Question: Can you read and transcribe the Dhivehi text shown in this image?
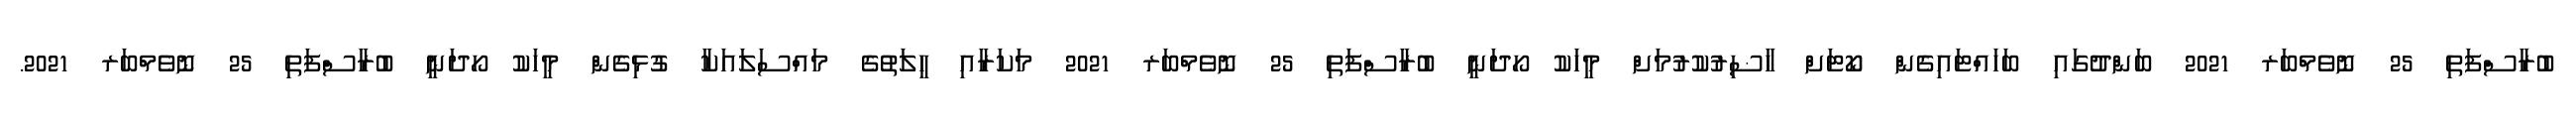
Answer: ބުރާސްފަތި 25 ނޮވެމްބަރ 2021 ބަންދުގައި ބަހައްޓައިގެން ކޯޓަށް ހާޟިރުކުރުމަށް މީހަކު ހޯދަނީ ބުރާސްފަތި 25 ނޮވެމްބަރ 2021 މަކަރާއި ހީލަތުގެ މައްސަލައަކާ ގުޅިގެން މީހަކު ހޯދަނީ ބުރާސްފަތި 25 ނޮވެމްބަރ 2021.